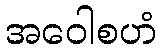
အဝေါစဟံ